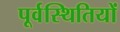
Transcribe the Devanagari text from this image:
पूर्वस्थितियों